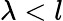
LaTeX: \lambda<l